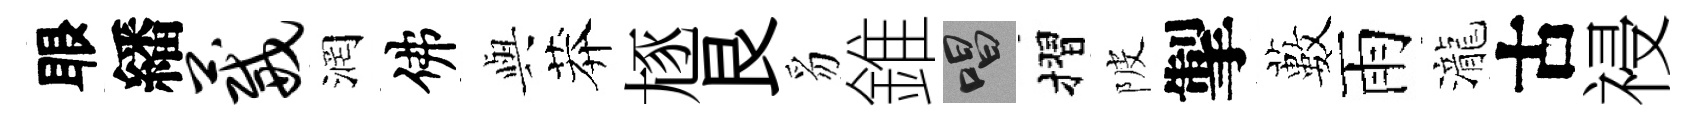
眼繙葳润佛𫤰莽豗艮豸錐唱摺陂掣藪雨瀧古祲